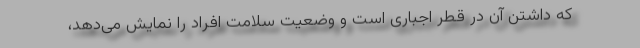
که داشتن آن در قطر اجباری است و وضعیت سلامت افراد را نمایش می‌دهد،